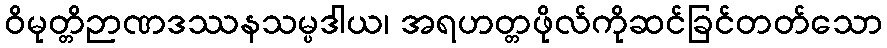
ဝိမုတ္တိဉာဏဒဿနသမ္ပဒါယ၊ အရဟတ္တဖိုလ်ကိုဆင်ခြင်တတ်သော